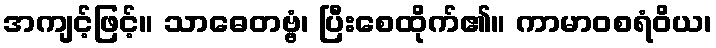
အကျင့်ဖြင့်။ သာဓေတဗ္ဗံ၊ ပြီးစေထိုက်၏။ ကာမာဝစရံဝိယ၊